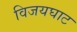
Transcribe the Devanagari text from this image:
विजयघाट